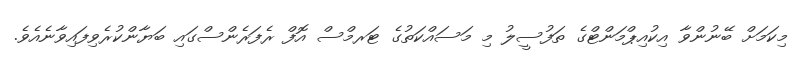
މިކަމަށް ބޭނުންވާ އިކުއިޕްމަންޓްގެ ތަފުސީލު މި މަސައްކަތުގެ ޓަރމްސް އޮފް ރެފަރެންސްގައި ބަޔާންކުރެވިފައިވާނެއެވެ.